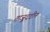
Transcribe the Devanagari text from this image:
ताजु्ददीन